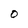
Character: 0